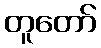
တူတော်